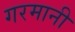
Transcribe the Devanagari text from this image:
गरमानी